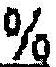
%